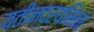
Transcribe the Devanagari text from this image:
यतीन्द्रयमिनां